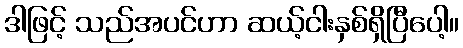
ဒါဖြင့် သည်အပင်ဟာ ဆယ့်ငါးနှစ်ရှိပြီပေါ့။